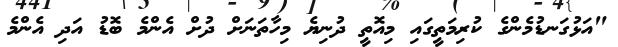
"އަޅުގަނޑުމެންގެ ކުރިމަތީގައި މިއޮތީ ދުނިޔެ މިހާތަނަށް ދުށް އެންމެ ބޮޑު އަދި އެންމެ